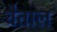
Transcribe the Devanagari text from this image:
चैताल